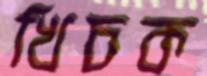
খিচক